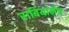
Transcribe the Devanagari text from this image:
राबियानेच